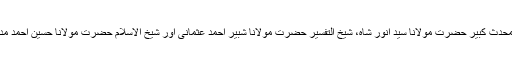
دیوبند میں ان دنوں محدث کبیر حضرت مولانا سید انور شاہ، شیخ التفسیر حضرت مولانا شبیر احمد عثمانی اور شیخ الاسلام حضرت مولانا حسین احمد مدنی کا دور دورہ تھا۔